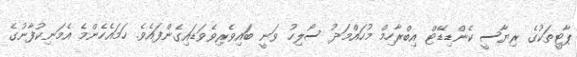
ޕާޓީތަކުގެ ރިޔާސީ ކެންޑިޑޭޓް އިބްރާހިމް މުހައްމަދު ސޯލިހު ވަނީ ބައިވެރިވެވަޑައިގެންފައެވެ. ހަމައެހެންމެ އެމަނިކުފާނުގެ